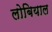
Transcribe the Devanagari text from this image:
लोबियाल